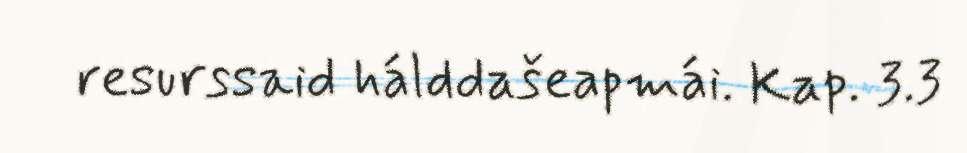
resurssaid hálddašeapmái. Kap. 3.3